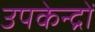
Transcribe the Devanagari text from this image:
उपकेन्द्रों